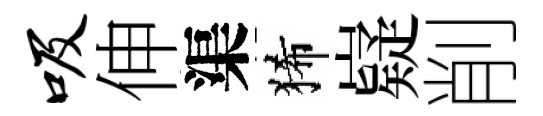
吸伸渠狶嶷削